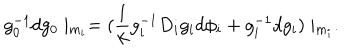
g _ { 0 } ^ { - 1 } d g _ { 0 } \mid _ { m _ { i } } = ( \frac { 1 } { k } g _ { i } ^ { - 1 } D _ { i } g _ { i } d \phi _ { i } + g _ { i } ^ { - 1 } d g _ { i } ) \mid _ { m _ { i } } .